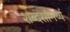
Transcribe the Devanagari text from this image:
शब्दसामर्थ्य